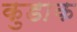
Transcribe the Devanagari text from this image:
कुडाक